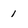
Character: 1